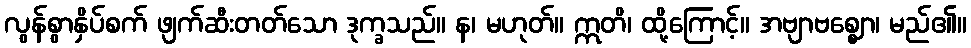
လွန်စွာနှိပ်စက် ဖျက်ဆီးတတ်သော ဒုက္ခသည်။ န၊ မဟုတ်။ ဣတိ၊ ထို့ကြောင့်။ အဗျာဗစ္ဈော၊ မည်၏။